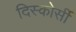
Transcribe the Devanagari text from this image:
दिस्कोर्सी